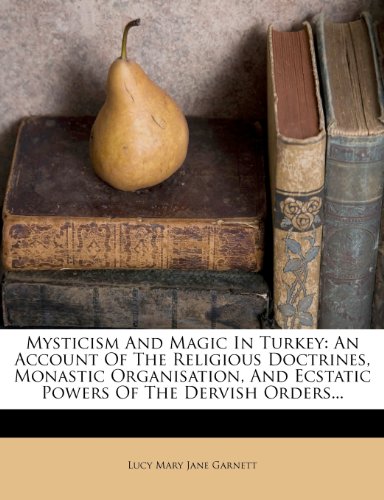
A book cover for Mysticism And Magic In Turkey: An Account Of The Religious Doctrines, Monastic Organisation, And Ecstatic Powers Of The Dervish Orders...; History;